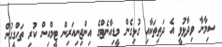
ސިމާނާ ވިދާޅުވީ އެ ދަތިތަކާއި ގުޅިގެން މީޑިއާނެޓްގެ އިންޖިނިއަރިން ޓީމްއިން ކުރި ތަހްގީގުން